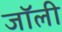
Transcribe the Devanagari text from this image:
जाॅली